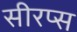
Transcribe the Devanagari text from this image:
सीरप्स